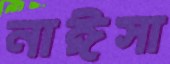
নাঈসা